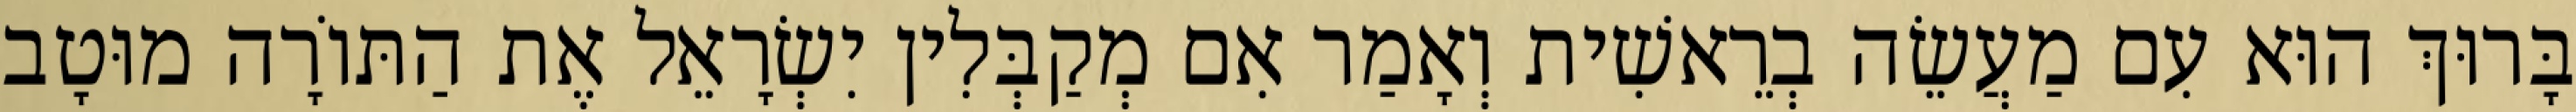
בָּרוּךְ הוּא עִם מַעֲשֵׂה בְרֵאשִׁית וְאָמַר אִם מְקַבְּלִין יִשְׂרָאֵל אֶת הַתּוֹרָה מוּטָב